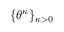
\{ \theta ^ { \kappa } \} _ { \kappa > 0 }